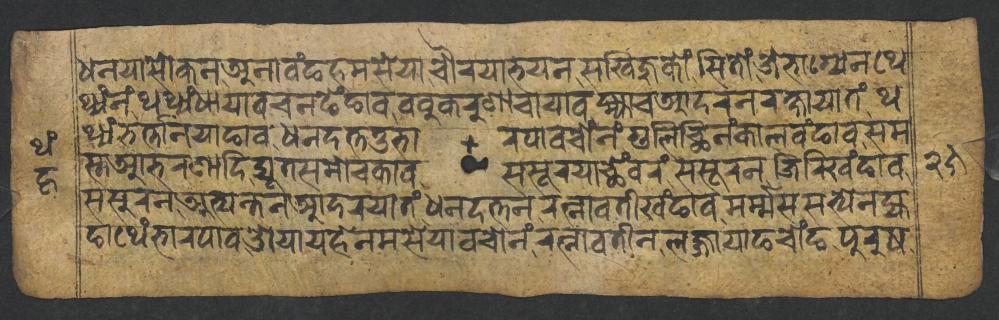
𑐢𑐣𑐫𑐵𑐳𑑀𑐎𑐣𑐀𑐣𑐵𑐰𑑄𑐒𑐴𑐩𑐳𑐾𑐫𑐵𑐔𑑁𑐬𑐫𑐵𑐨𑐫𑐣𑐳𑐏𑐶𑐖𑐸𑐎𑑀𑑄𑐳𑐶𑐟𑑀𑑄𑐖𑐾𑐨𑐵𑐐𑑂𑐫𑐾𑐣𑐠𑐾 𑐠𑑂𑐫𑑄𑐣𑑄𑐠𑐠𑑂𑐫𑑄𑐢𑐵𑐫𑐵𑐰𑐔𑐣𑐒𑐾𑑄𑐒𑐵𑐰𑐧𑐧𑐸𑐎𑐬𑐸𑐞𑐵𑐔𑐵𑐫𑐵𑐰𑐩𑑂𑐴𑑂𑐫𑐵𑐔𑐁𑐡𑐬𑐣𑐬𑐎𑑂𑐲𑐵𑐫𑐵𑐟𑑄𑐠 𑐠𑑂𑐫𑑄𑐨𑐬𑑂𑐟𑑂𑐟𑐵𑐣𑐫𑐵𑐒𑐵𑐰𑐢𑐣𑐡𑐟𑑂𑐟𑐟𑐸𑐨𑐵𑐬𑐥𑐵𑐰𑐔𑑀𑑄𑐣𑑄𑐐𑐸𑐮𑐶𑐕𑐶𑐣𑑄𑐎𑐵𑐮𑐰𑑄𑐒𑐵𑐰𑐳𑐩 𑐳𑑂𑐟𑐁𑐨𑐬𑐞𑐵𑐡𑐶𑐡𑑂𑐫𑐹𑐟𑐳𑐩𑑀𑐔𑐎𑐵𑐰𑐳𑐳𑐹𑐬𑐫𑐵𑐕𑐾𑑄𑐰𑐬𑑄𑐳𑐳𑐹𑐬𑐣𑐖𑐶𑐬𑐶𑐏𑑄𑐒𑐵𑐰 𑐳𑐳𑐸𑐬𑐣𑐀𑐟𑑂𑐫𑐣𑑂𑐟𑐣𑐁𑐡𑐬𑐫𑐵𑐟𑑄𑐢𑐣𑐡𑐟𑑂𑐟𑐣𑐬𑐟𑑂𑐣𑐵𑐰𑐟𑐷𑐏𑑄𑐒𑐵𑐰𑐩𑐬𑑂𑐩𑑂𑐩𑐳𑐳𑐟𑑂𑐫𑐾𑐣𑐖𑑂𑐫 𑐒𑐵𑐠𑐾𑑄𑐨𑐵𑐬𑐥𑐵𑐰𑐌𑐫𑐵𑐫𑐴𑐾𑐣𑐩𑐳𑐾𑐫𑐵𑐰𑐔𑑀𑐣𑑄𑐬𑐟𑑂𑐣𑐵𑐰𑐟𑐷𑐣𑐮𑐖𑑂𑐖𑐵𑐫𑐵𑐒𑐔𑑀𑑄𑐒𑐥𑐸𑐬𑐸𑐲